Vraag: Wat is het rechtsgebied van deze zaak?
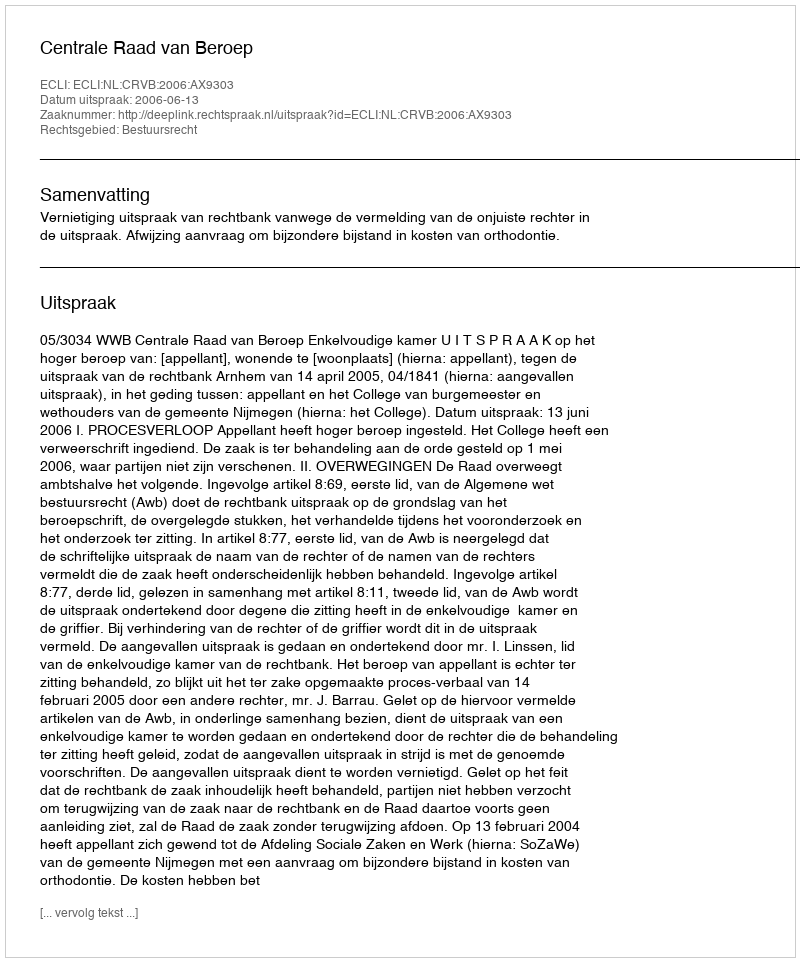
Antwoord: Bestuursrecht